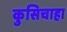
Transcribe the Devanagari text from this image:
कुसिचाहा